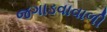
જગાડવાવાળી